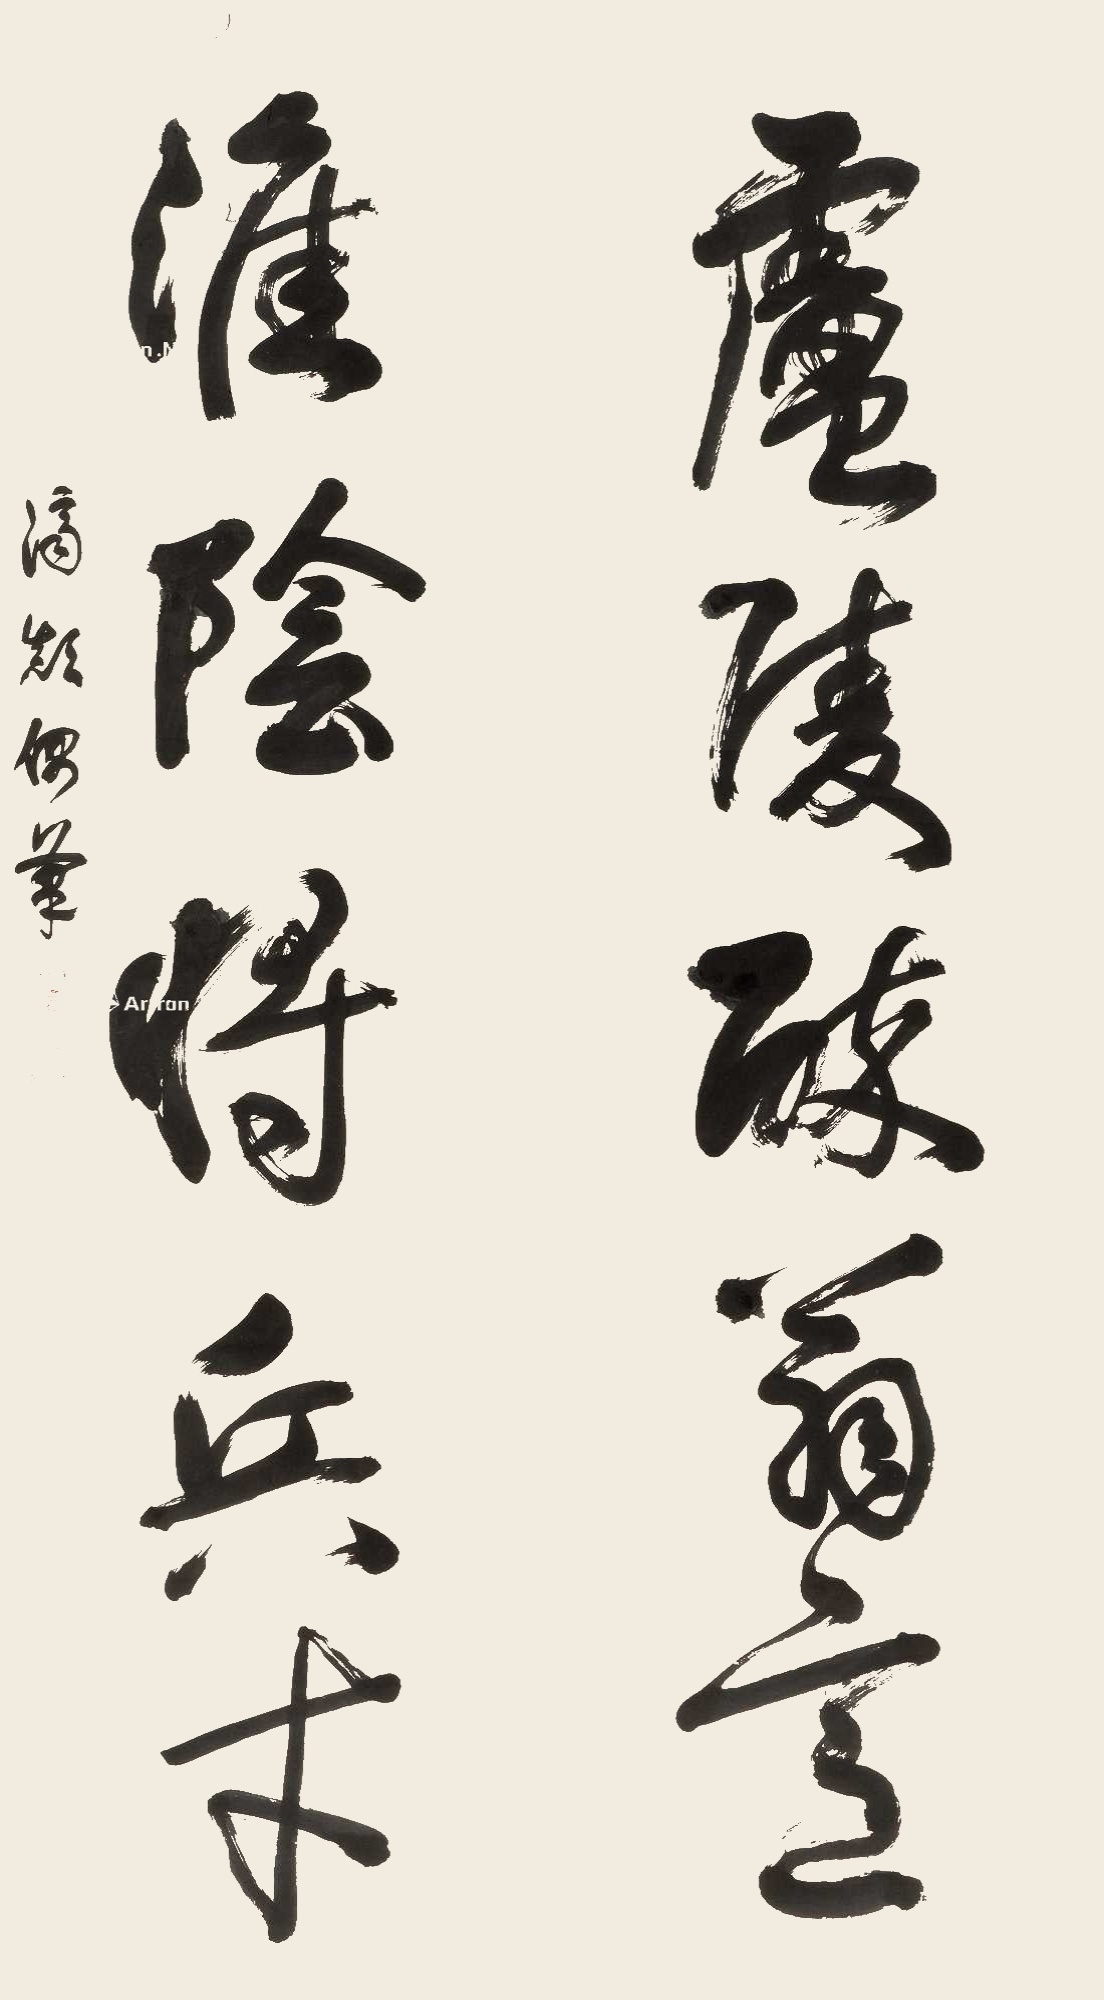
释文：庐陵醉翁意，淮阴将兵才。济颠偶笔。